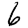
Digit: 6